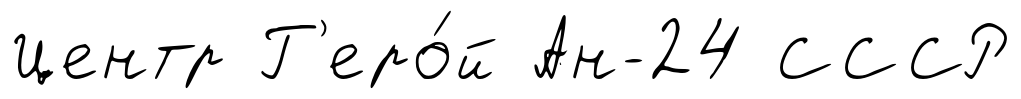
Центр Г'еро́й Ан-24 СССР